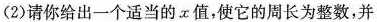
(2) 请你给出一个适当的 x 值，使它的周长为整数，并